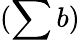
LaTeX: (\sum b)